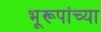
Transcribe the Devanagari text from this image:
भूरूपांच्या